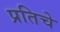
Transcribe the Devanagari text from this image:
प्रतिचे